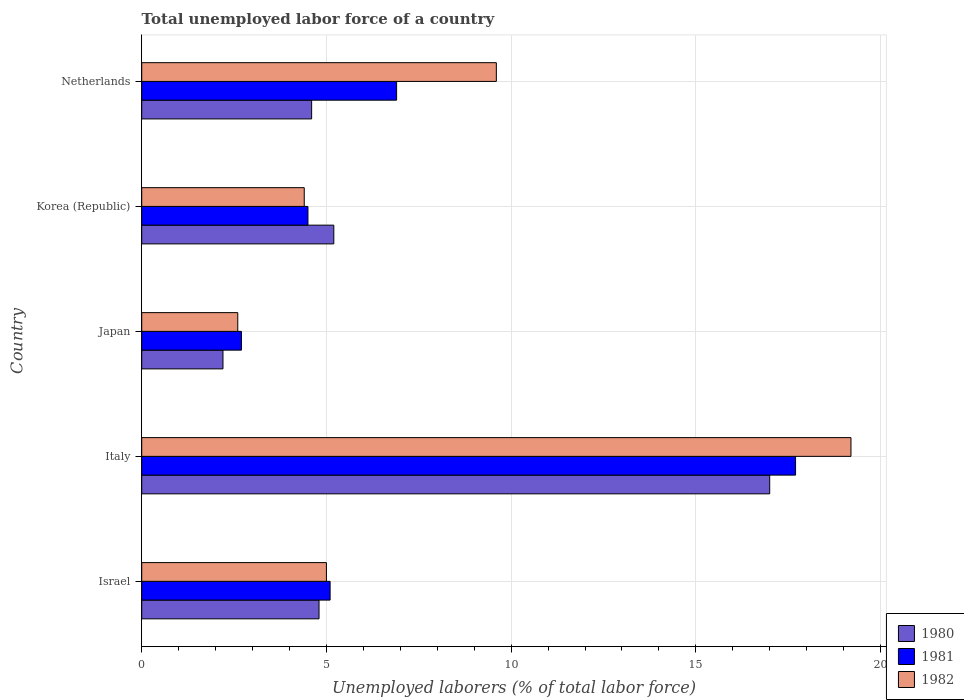
| Country | 1980 | 1981 | 1982 |
 | --- | --- | --- | --- |
 | Israel | 4.8 | 5.1 | 5 |
 | Italy | 17 | 17.7 | 19.2 |
 | Japan | 2.2 | 2.7 | 2.6 |
 | Korea (Republic) | 5.2 | 4.5 | 4.4 |
 | Netherlands | 4.6 | 6.9 | 9.6 |